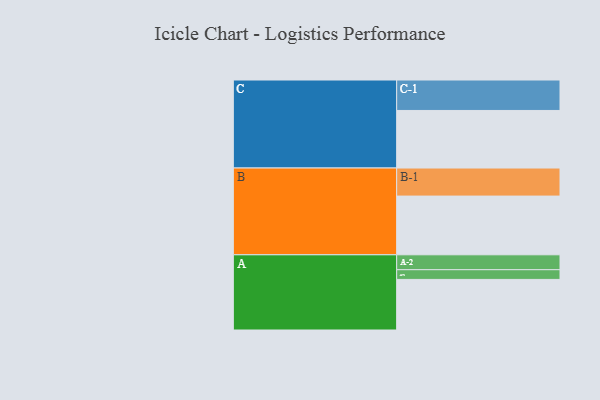
{"axis": {"x": "Segment", "y": "Value"}, "legend": ["", "A", "B", "C"], "data": [{"x": "A", "y": 485, "type": ""}, {"x": "B", "y": 563, "type": ""}, {"x": "C", "y": 552, "type": ""}, {"x": "A-1", "y": 93, "type": "A"}, {"x": "A-2", "y": 143, "type": "A"}, {"x": "B-1", "y": 269, "type": "B"}, {"x": "C-1", "y": 292, "type": "C"}]}